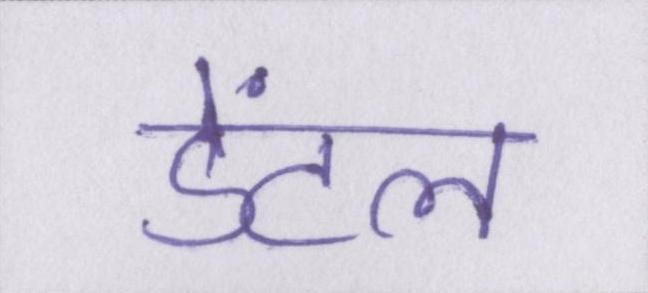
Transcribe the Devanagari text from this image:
डेंटल